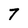
Character: 7